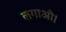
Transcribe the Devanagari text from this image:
लगाओ।